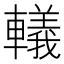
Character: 轙